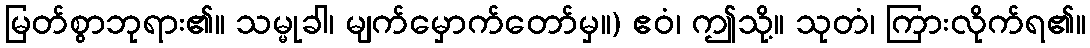
မြတ်စွာဘုရား၏။ သမ္မုခါ၊ မျက်မှောက်တော်မှ။) ဧဝံ၊ ဤသို့။ သုတံ၊ ကြားလိုက်ရ၏။